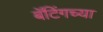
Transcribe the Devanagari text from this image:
बॅटिंगच्या